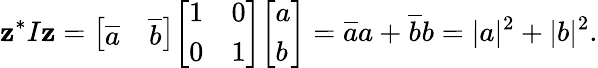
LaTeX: \mathbf{z}^{*}I\mathbf{z}={\left[\begin{array}{ll}{{\overline{{a}}}}&{{\overline{{b}}}}\end{array}\right]}{\left[\begin{array}{ll}{1}&{0}\\ {0}&{1}\end{array}\right]}{\left[\begin{array}{l}{a}\\ {b}\end{array}\right]}={\overline{{a}}}a+{\overline{{b}}}b=|a|^{2}+|b|^{2}.